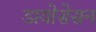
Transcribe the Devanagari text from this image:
डायोसेसन